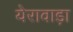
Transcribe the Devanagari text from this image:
येरावाड़ा